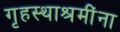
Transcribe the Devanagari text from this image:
गृहस्थाश्रमींना